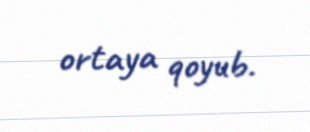
ortaya qoyub.